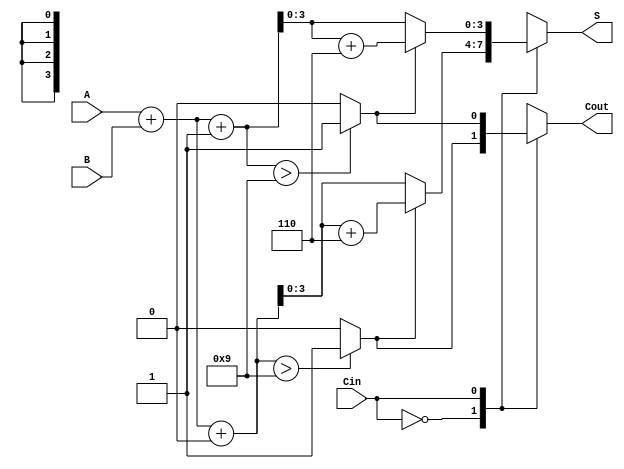
module BCD_MCSA (
    input [3:0] A,      // 4-bit BCD input A
    input [3:0] B,      // 4-bit BCD input B
    input Cin,          // Carry-in
    output reg [3:0] S, // 4-bit BCD sum output
    output reg Cout     // Carry-out
);

    wire [4:0] S0, S1;  // Intermediate sums for Cin = 0 and Cin = 1
    wire C0, C1;        // Carry-out for Cin = 0 and Cin = 1
    wire [4:0] S0_corr, S1_corr; // Corrected sums

    // Preliminary sums for Cin = 0 and Cin = 1
    assign S0 = A + B + 4'b0000; // Sum with Cin = 0
    assign S1 = A + B + 4'b0001; // Sum with Cin = 1

    // Generate carry-out signals
    assign C0 = (S0 > 4'd9) ? 1'b1 : 1'b0; // Carry-out for Cin = 0
    assign C1 = (S1 > 4'd9) ? 1'b1 : 1'b0; // Carry-out for Cin = 1

    // BCD Correction Logic
    assign S0_corr = (C0) ? S0 + 5'd6 : S0; // Correct S0 if it exceeds 9
    assign S1_corr = (C1) ? S1 + 5'd6 : S1; // Correct S1 if it exceeds 9

    // Final output selection based on Cin
    always @(*) begin
        case (Cin)
            1'b0: begin
                S = S0_corr[3:0]; // Select corrected sum for Cin = 0
                Cout = C0;        // Select carry-out for Cin = 0
            end
            1'b1: begin
                S = S1_corr[3:0]; // Select corrected sum for Cin = 1
                Cout = C1;        // Select carry-out for Cin = 1
            end
            default: begin
                S = 4'b0000;      // Default case (should not occur)
                Cout = 1'b0;
            end
        endcase
    end

endmodule